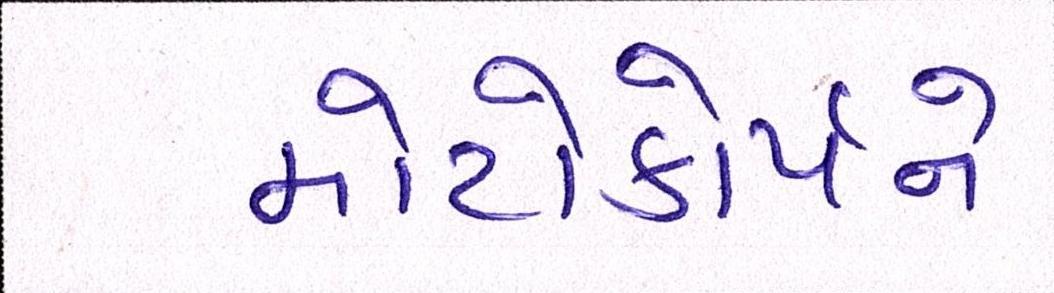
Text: મોટોકોર્પને